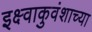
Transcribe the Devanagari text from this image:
इक्ष्वाकुवंशाच्या